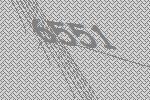
6551